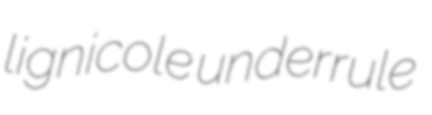
lignicole underrule